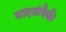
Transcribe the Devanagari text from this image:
यादवांपैकी